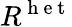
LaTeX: R^{\mathrm{~h~e~t~}}